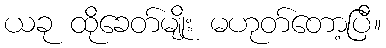
ယခု ထိုခေတ်မျိုး မဟုတ်တော့ပြီ။